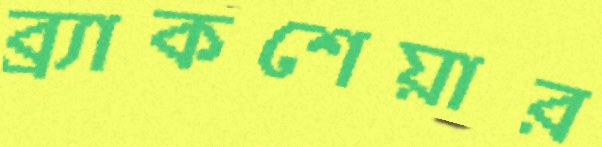
ব্র্যাকশেয়ার